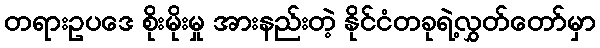
တရားဥပဒေ စိုးမိုးမှု အားနည်းတဲ့ နိုင်ငံတခုရဲ့လွှတ်တော်မှာ